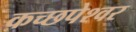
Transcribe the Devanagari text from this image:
कच्छपेश्वर